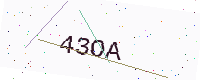
Text: 43OA